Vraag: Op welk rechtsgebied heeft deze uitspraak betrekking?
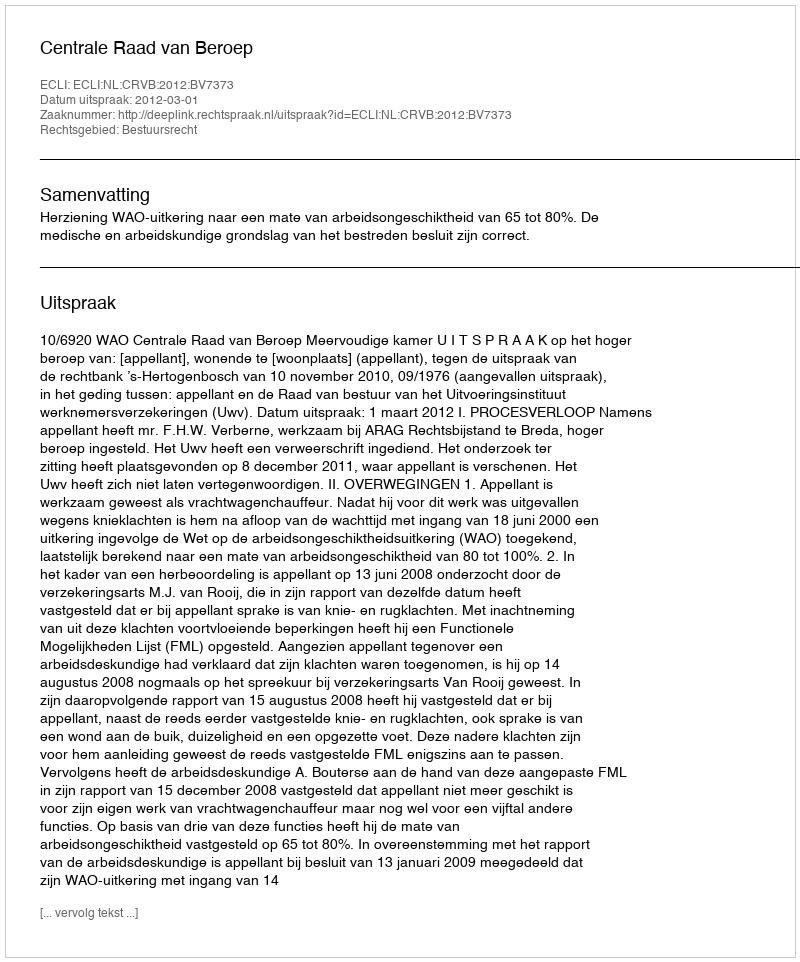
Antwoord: Bestuursrecht